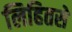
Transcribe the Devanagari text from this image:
लिहितसे